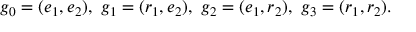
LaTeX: g _ { 0 } = ( e _ { 1 } , e _ { 2 } ) , \ g _ { 1 } = ( r _ { 1 } , e _ { 2 } ) , \ g _ { 2 } = ( e _ { 1 } , r _ { 2 } ) , \ g _ { 3 } = ( r _ { 1 } , r _ { 2 } ) .